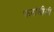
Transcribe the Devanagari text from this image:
फ़रांसीसी